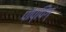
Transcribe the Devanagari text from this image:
पोप्पिग्